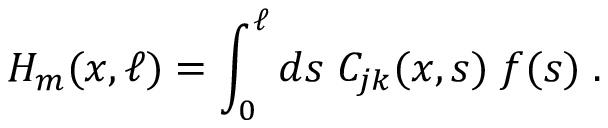
H _ { m } ( x , \ell ) = \int _ { 0 } ^ { \ell } d s \; C _ { j k } ( x , s ) \; f ( s ) \; .